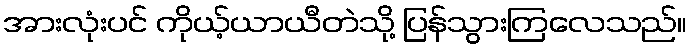
အားလုံးပင် ကိုယ့်ယာယီတဲသို့ ပြန်သွားကြလေသည်။